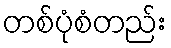
တစ်ပုံစံတည်း